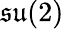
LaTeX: \mathfrak{su}(2)